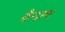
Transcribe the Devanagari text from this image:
वैन्डल्स